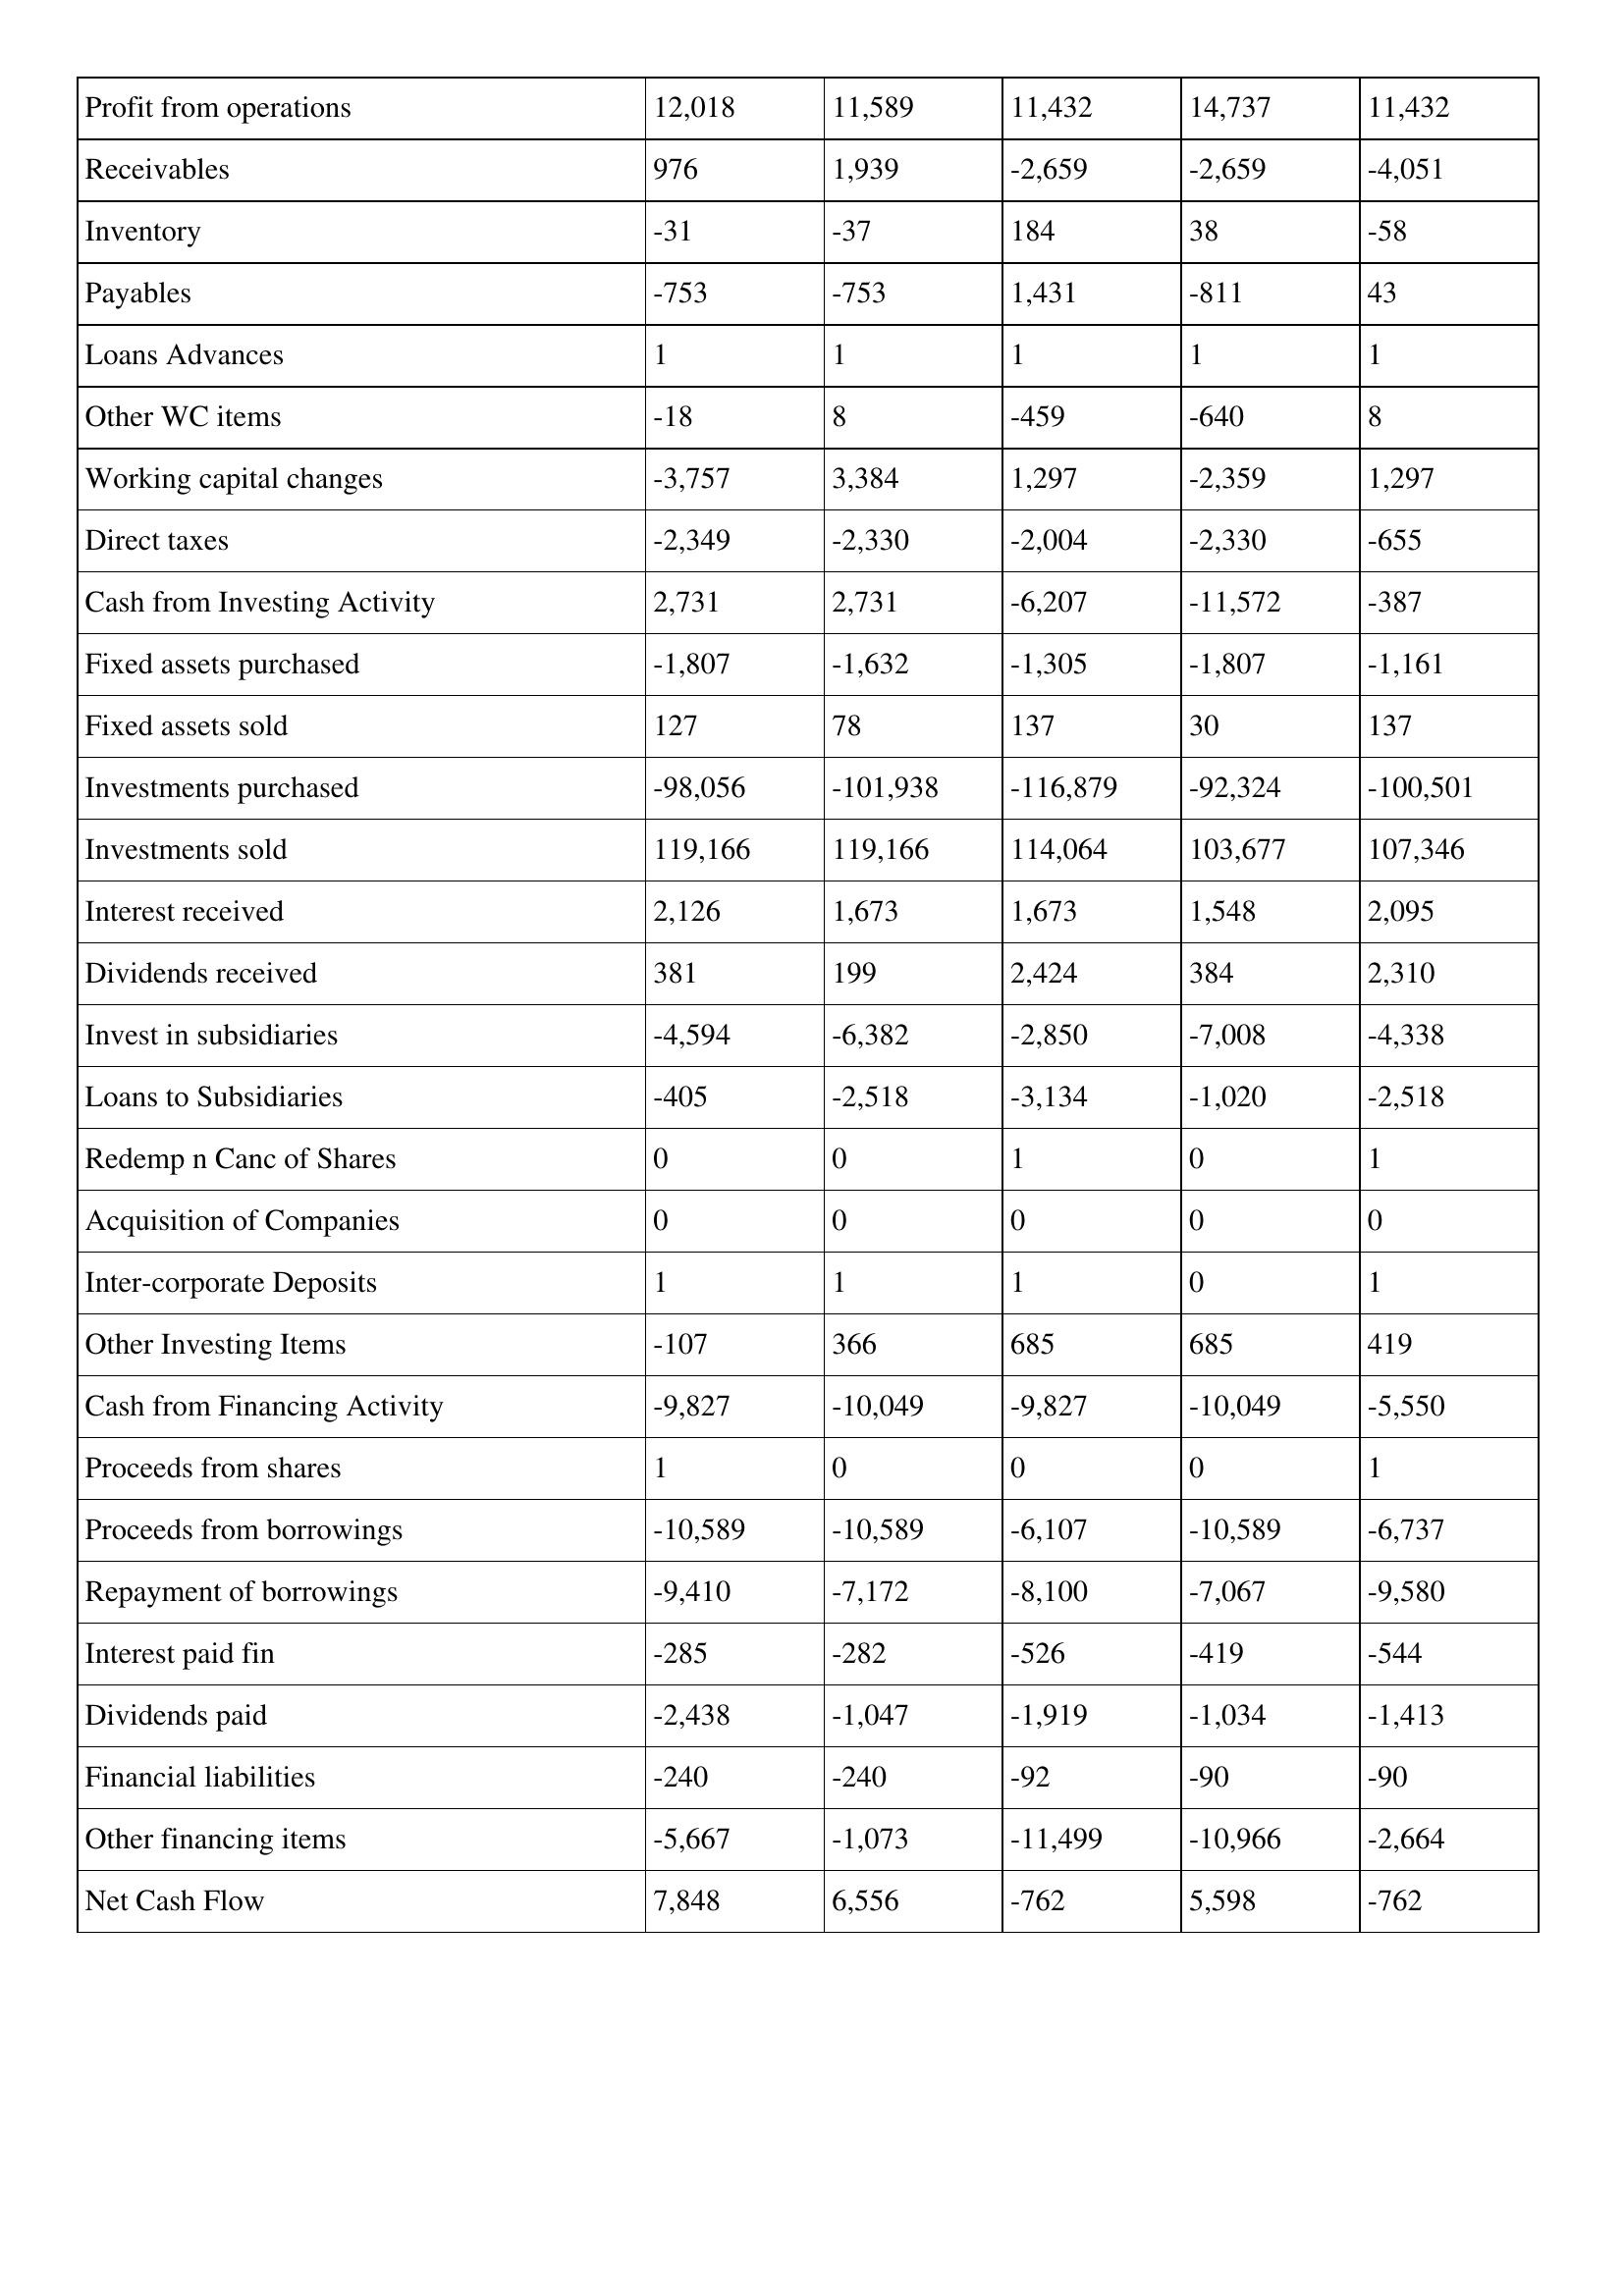
gt_parse: 2021: Cash Flows: Profit from operations: 12,018
Receivables: 976
Inventory: -31
Payables: -753
Loans Advances: 1
Other WC items: -18
Working capital changes: -3,757
Direct taxes: -2,349
Cash from Investing Activity: 2,731
Fixed assets purchased: -1,807
Fixed assets sold: 127
Investments purchased: -98,056
Investments sold: 119,166
Interest received: 2,126
Dividends received: 381
Invest in subsidiaries: -4,594
Loans to Subsidiaries: -405
Redemp n Canc of Shares: 0
Acquisition of Companies: 0
Inter-corporate Deposits: 1
Other Investing Items: -107
Cash from Financing Activity: -9,827
Proceeds from shares: 1
Proceeds from borrowings: -10,589
Repayment of borrowings: -9,410
Interest paid fin: -285
Dividends paid: -2,438
Financial liabilities: -240
Other financing items: -5,667
Net Cash Flow: 7,848
2020: Cash Flows: Profit from operations: 11,589
Receivables: 1,939
Inventory: -37
Payables: -753
Loans Advances: 1
Other WC items: 8
Working capital changes: 3,384
Direct taxes: -2,330
Cash from Investing Activity: 2,731
Fixed assets purchased: -1,632
Fixed assets sold: 78
Investments purchased: -101,938
Investments sold: 119,166
Interest received: 1,673
Dividends received: 199
Invest in subsidiaries: -6,382
Loans to Subsidiaries: -2,518
Redemp n Canc of Shares: 0
Acquisition of Companies: 0
Inter-corporate Deposits: 1
Other Investing Items: 366
Cash from Financing Activity: -10,049
Proceeds from shares: 0
Proceeds from borrowings: -10,589
Repayment of borrowings: -7,172
Interest paid fin: -282
Dividends paid: -1,047
Financial liabilities: -240
Other financing items: -1,073
Net Cash Flow: 6,556
2019: Cash Flows: Profit from operations: 11,432
Receivables: -2,659
Inventory: 184
Payables: 1,431
Loans Advances: 1
Other WC items: -459
Working capital changes: 1,297
Direct taxes: -2,004
Cash from Investing Activity: -6,207
Fixed assets purchased: -1,305
Fixed assets sold: 137
Investments purchased: -116,879
Investments sold: 114,064
Interest received: 1,673
Dividends received: 2,424
Invest in subsidiaries: -2,850
Loans to Subsidiaries: -3,134
Redemp n Canc of Shares: 1
Acquisition of Companies: 0
Inter-corporate Deposits: 1
Other Investing Items: 685
Cash from Financing Activity: -9,827
Proceeds from shares: 0
Proceeds from borrowings: -6,107
Repayment of borrowings: -8,100
Interest paid fin: -526
Dividends paid: -1,919
Financial liabilities: -92
Other financing items: -11,499
Net Cash Flow: -762
2018: Cash Flows: Profit from operations: 14,737
Receivables: -2,659
Inventory: 38
Payables: -811
Loans Advances: 1
Other WC items: -640
Working capital changes: -2,359
Direct taxes: -2,330
Cash from Investing Activity: -11,572
Fixed assets purchased: -1,807
Fixed assets sold: 30
Investments purchased: -92,324
Investments sold: 103,677
Interest received: 1,548
Dividends received: 384
Invest in subsidiaries: -7,008
Loans to Subsidiaries: -1,020
Redemp n Canc of Shares: 0
Acquisition of Companies: 0
Inter-corporate Deposits: 0
Other Investing Items: 685
Cash from Financing Activity: -10,049
Proceeds from shares: 0
Proceeds from borrowings: -10,589
Repayment of borrowings: -7,067
Interest paid fin: -419
Dividends paid: -1,034
Financial liabilities: -90
Other financing items: -10,966
Net Cash Flow: 5,598
2017: Cash Flows: Profit from operations: 11,432
Receivables: -4,051
Inventory: -58
Payables: 43
Loans Advances: 1
Other WC items: 8
Working capital changes: 1,297
Direct taxes: -655
Cash from Investing Activity: -387
Fixed assets purchased: -1,161
Fixed assets sold: 137
Investments purchased: -100,501
Investments sold: 107,346
Interest received: 2,095
Dividends received: 2,310
Invest in subsidiaries: -4,338
Loans to Subsidiaries: -2,518
Redemp n Canc of Shares: 1
Acquisition of Companies: 0
Inter-corporate Deposits: 1
Other Investing Items: 419
Cash from Financing Activity: -5,550
Proceeds from shares: 1
Proceeds from borrowings: -6,737
Repayment of borrowings: -9,580
Interest paid fin: -544
Dividends paid: -1,413
Financial liabilities: -90
Other financing items: -2,664
Net Cash Flow: -762